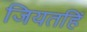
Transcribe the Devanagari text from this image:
जियतहिं